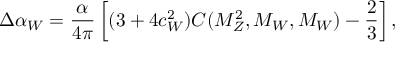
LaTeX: \Delta \alpha _ { W } = \frac { \alpha } { 4 \pi } \left[ ( 3 + 4 c _ { W } ^ { 2 } ) C ( M _ { Z } ^ { 2 } , M _ { W } , M _ { W } ) - \frac { 2 } { 3 } \right] ,